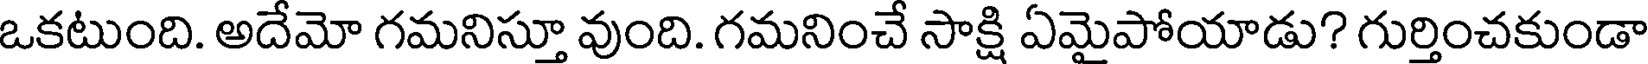
ఒకటుంది. అదేమో గమనిస్తూ వుంది. గమనించే సాక్షి ఏమైపోయాడు? గుర్తించకుండా